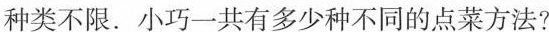
种类不限.小巧一共有多少种不同的点菜方法?